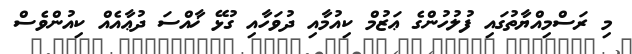
މި ރަސްމިއްޔާތުގައި ފުލުހުންގެ ޢަޒުމް ކިއުމާއި ދުވަހާއި ގުޅޭ ޚާއްސަ ދުޢާއެއް ކިއުންވެސް